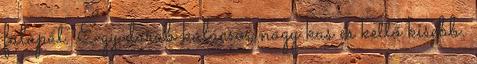
falapát. Egy darab kalácsos nagy kas és kettő kisebb.